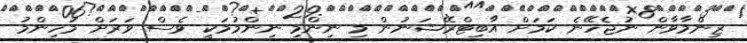
ޒިންމާވާން ނުޖެހޭނެ ކަމަށް އާބިޓްރޭޝަނުން މި ނިންމި ނިންމުމަކީ ވެސް ވަރަށް މުހިންމު